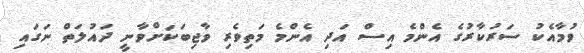
ވުމާއެކު ސަރުކާރުގެ އެންމެ އިސް އަދި އެންމެ މަތިވެރި ވާޖިބަކަށްވާނީ ދައުލަތް ނަގައި